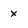
Character: x